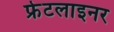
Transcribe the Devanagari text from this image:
फ्रेटलाइनर